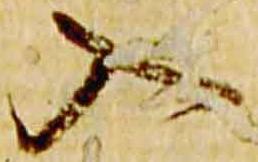
入